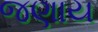
જણાય